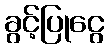
ခွင့်ပြုငွေ